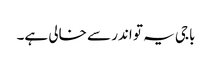
باجی یہ تو اندر سے خالی ہے۔